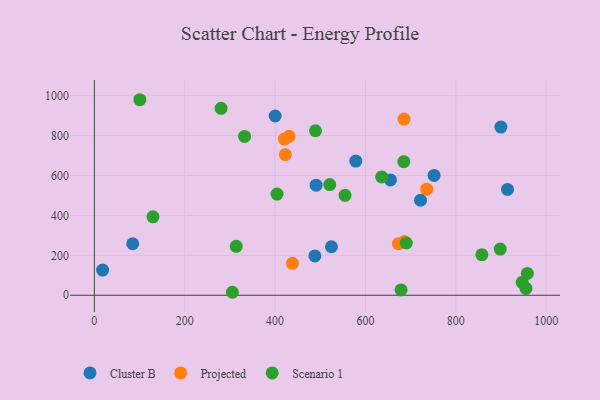
{"axis": {"x": "Investment", "y": "Sales"}, "legend": ["Cluster B", "Projected", "Scenario 1"], "data": [{"x": "655.4", "y": 577.8, "type": "Cluster B"}, {"x": "84.9", "y": 258.0, "type": "Cluster B"}, {"x": "721.9", "y": 476.1, "type": "Cluster B"}, {"x": "751.9", "y": 600.5, "type": "Cluster B"}, {"x": "488.1", "y": 197.1, "type": "Cluster B"}, {"x": "899.8", "y": 842.8, "type": "Cluster B"}, {"x": "400.1", "y": 898.2, "type": "Cluster B"}, {"x": "578.7", "y": 672.3, "type": "Cluster B"}, {"x": "914.4", "y": 530.3, "type": "Cluster B"}, {"x": "18.3", "y": 126.1, "type": "Cluster B"}, {"x": "490.8", "y": 551.7, "type": "Cluster B"}, {"x": "524.7", "y": 243.1, "type": "Cluster B"}, {"x": "430.9", "y": 796.3, "type": "Projected"}, {"x": "422.7", "y": 704.5, "type": "Projected"}, {"x": "735.7", "y": 531.7, "type": "Projected"}, {"x": "420.7", "y": 782.6, "type": "Projected"}, {"x": "686.2", "y": 269.1, "type": "Projected"}, {"x": "672.9", "y": 258.1, "type": "Projected"}, {"x": "438.4", "y": 159.8, "type": "Projected"}, {"x": "685.4", "y": 882.9, "type": "Projected"}, {"x": "685.0", "y": 669.4, "type": "Scenario 1"}, {"x": "955.3", "y": 34.5, "type": "Scenario 1"}, {"x": "898.3", "y": 231.4, "type": "Scenario 1"}, {"x": "280.5", "y": 936.5, "type": "Scenario 1"}, {"x": "521.0", "y": 554.6, "type": "Scenario 1"}, {"x": "946.9", "y": 65.0, "type": "Scenario 1"}, {"x": "678.8", "y": 26.9, "type": "Scenario 1"}, {"x": "857.7", "y": 203.6, "type": "Scenario 1"}, {"x": "635.9", "y": 593.1, "type": "Scenario 1"}, {"x": "305.5", "y": 15.0, "type": "Scenario 1"}, {"x": "489.4", "y": 824.3, "type": "Scenario 1"}, {"x": "554.8", "y": 500.5, "type": "Scenario 1"}, {"x": "129.8", "y": 393.2, "type": "Scenario 1"}, {"x": "313.9", "y": 245.1, "type": "Scenario 1"}, {"x": "404.3", "y": 506.9, "type": "Scenario 1"}, {"x": "100.7", "y": 979.7, "type": "Scenario 1"}, {"x": "332.5", "y": 796.0, "type": "Scenario 1"}, {"x": "958.4", "y": 109.5, "type": "Scenario 1"}, {"x": "690.5", "y": 261.9, "type": "Scenario 1"}]}